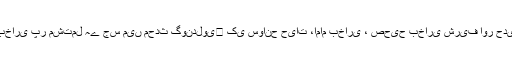
زیر نظر کتاب ’’درس صحیح بخاری ‘‘ استاذ الاساتذہ محدث العصر حافظ محمد گوندلوی ﷫ کی تقاریر ودروس صحیح بخاری پر مشتمل ہے جس میں محدث گوندلوی کی سوانح حیات ،امام بخاری ، صحیح بخاری شریف اور حدیث کی علمی مباحث اور صحیح بخاری شریف کے کتاب الایمان پر حضرت حافظ صاحب  کے علمی دورس شامل ہیں ۔